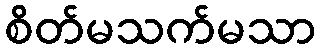
စိတ်မသက်မသာ